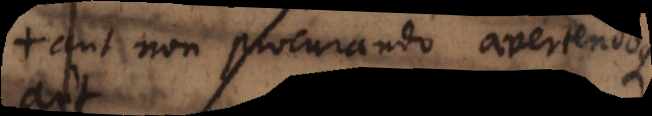
aut non procurando avertendoque